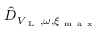
\hat { D } _ { V _ { \mathrm { ~ L ~ } } , \omega , \xi _ { \mathrm { ~ m ~ a ~ x ~ } } }